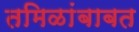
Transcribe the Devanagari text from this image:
तमिळांबाबत